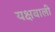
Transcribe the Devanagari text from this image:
यक्षवाली